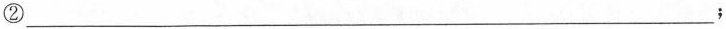
②___;